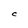
Character: C